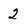
Character: 2